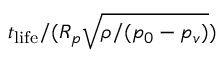
t _ { \mathrm { l i f e } } / ( R _ { p } \sqrt { \rho / ( p _ { 0 } - p _ { v } ) } )